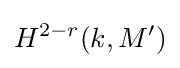
H^{2-r}(k,M')